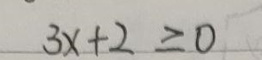
\[
3x + 2 \geq 0
\]